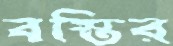
বস্তির